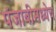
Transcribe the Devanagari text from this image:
पंजाबीमध्येच